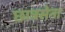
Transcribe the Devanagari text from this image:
छात्रसेना